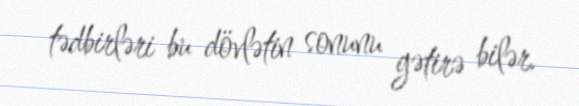
tədbirləri bu dövlətin sonunu gətirə bilər.